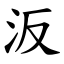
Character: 汳